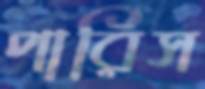
পারিস